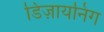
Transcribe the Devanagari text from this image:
डिज़ायनिंग